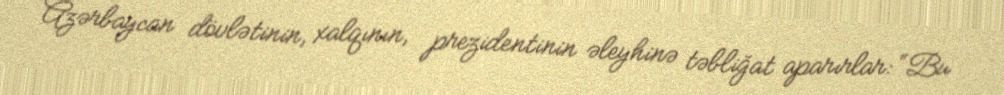
Azərbaycan dövlətinin, xalqının, prezidentinin əleyhinə təbliğat aparırlar: “Bu